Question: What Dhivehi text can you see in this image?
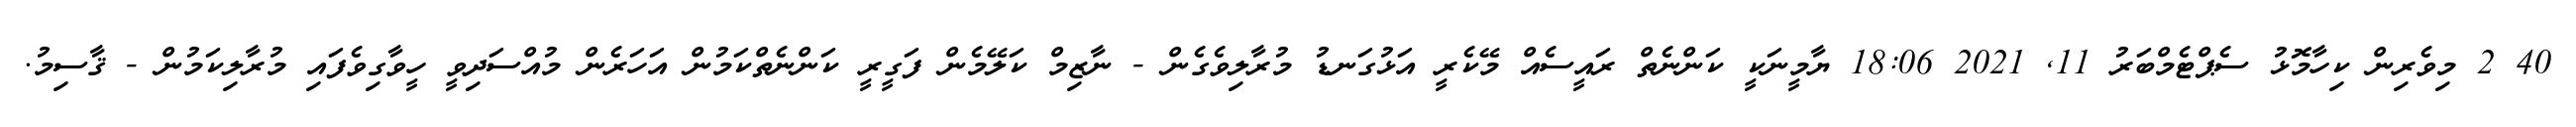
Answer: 40 2 މިވެރިން ކިހާމޮޅު ސެޕްޓެމްބަރު 11, 2021 18:06 ޔާމީނަކީ ކަންނެތް ރައީސެއް މޭކެރީ އަޅުގަނޑު މުރާލިވެގެން - ނާޒިމް ކަލޭމެން ފަގީރީ ކަންނެތްކަމުން އަހަރެން މުއްސަދިވީ ހީވާގިވެފައި މުރާލިކަމުން - ޤާސިމު.